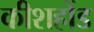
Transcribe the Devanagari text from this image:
कीशहोंड